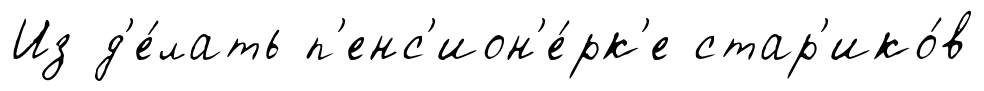
Из д'е́лать п'енс'ион'е́рк'е стар'ико́в